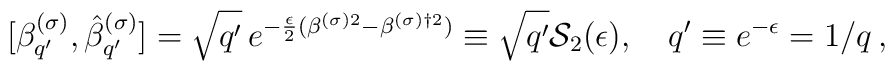
[\beta_{q'}^{(\sigma)}, \hat{\beta}_{q'}^{(\sigma)}]=\sqrt{q'}\,e^{-\frac{\epsilon}{2}(\beta^{(\sigma)2}-\beta^{(\sigma)\dagger 2})}\equiv \sqrt{q'}{\cal S}_2(\epsilon),\quad  q'\equiv e^{-\epsilon}=1/q\,{,}